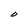
Character: O